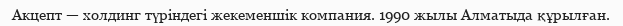
Акцепт — холдинг түріндегі жекеменшік компания. 1990 жылы Алматыда құрылған.